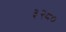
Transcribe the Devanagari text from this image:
३२८०